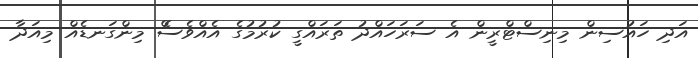
އަދި ހައުސިން މިނިސްޓްރީން އެ ސަރަހައްދު ތަރައްގީ ކުރުމުގެ އެއްވެސެް މިންގަނޑެއް މިއަދާ